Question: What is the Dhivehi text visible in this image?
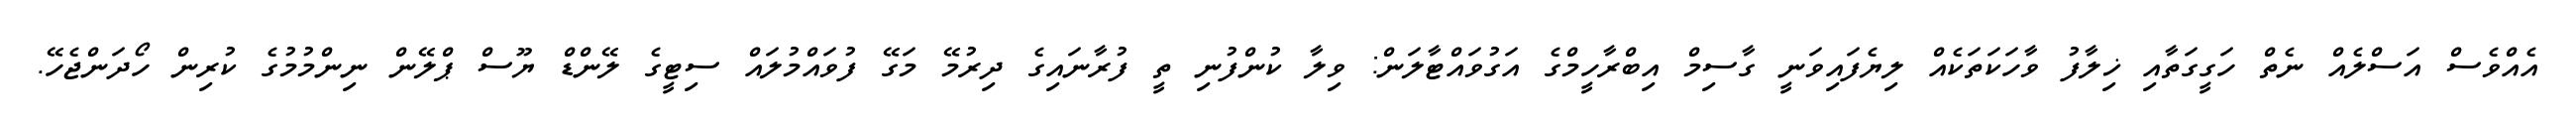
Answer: އެއްވެސް އަސްލެއް ނެތް ހަގީގަތާއި ޚިލާފު ވާހަކަތަކެއް ލިޔެފައިވަނީ ގާސިމް އިބްރާހީމްގެ އަގުވައްޓާލަން: ވިލާ ކުންފުނި ތީ ފުރާނައިގެ ދިރުމޭ މަގޭ ފުވައްމުލައް ސިޓީގެ ލޭންޑް ޔޫސް ޕްލޭން ނިންމުމުގެ ކުރިން ހޯދަންޖެހޭ.